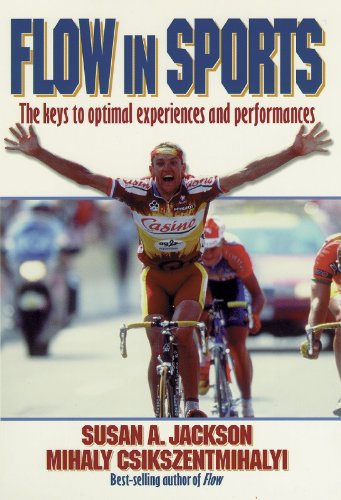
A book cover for Flow in Sports: The keys to optimal experiences and performances; Susan Jackson; Sports & Outdoors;